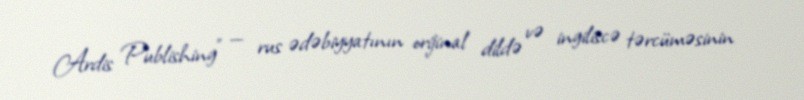
Ardis Publishing" — rus ədəbiyyatının orijinal dildə və ingiliscə tərcüməsinin